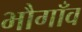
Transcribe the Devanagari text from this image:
भौगाँव